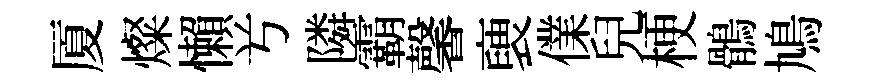
厦燦懶𠔃隣霸馨褏㒒兒梗鶻鳩